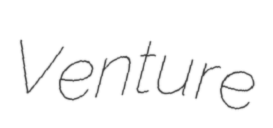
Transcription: Venture